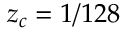
z _ { c } = 1 / 1 2 8